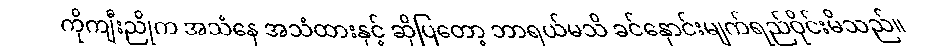
ကိုကျီးညိုက အသံနေ အသံထားနှင့် ဆိုပြတော့ ဘာရယ်မသိ ခင်နှောင်းမျက်ရည်ဝိုင်းမိသည်။